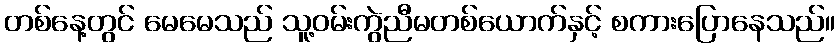
တစ်နေ့တွင် မေမေသည် သူ့ဝမ်းကွဲညီမတစ်ယောက်နှင့် စကားပြောနေသည်။